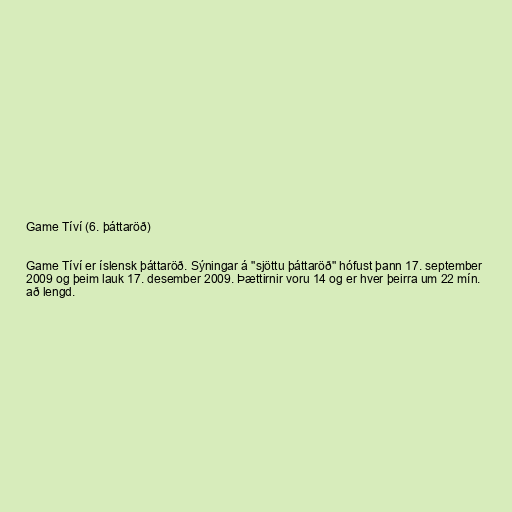
Game Tíví (6. þáttaröð)

Game Tíví er íslensk þáttaröð. Sýningar á "sjöttu þáttaröð" hófust þann 17. september
2009 og þeim lauk 17. desember 2009. Þættirnir voru 14 og er hver þeirra um 22 mín.
að lengd.